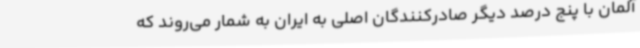
آلمان با پنج درصد دیگر صادرکنندگان اصلی به ایران به شمار می‌روند که